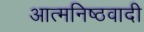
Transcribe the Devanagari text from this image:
आत्मनिष्ठवादी